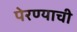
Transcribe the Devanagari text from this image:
पेरण्याची